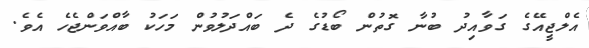
އެލްޖީއޭގެ ގަވާއިދު ބުނާ ގޮތުން ބޯޑުގެ ދެ ބައްދަލުވުން މަހަކު ބާއްވަންޖެހެ އެވެ.